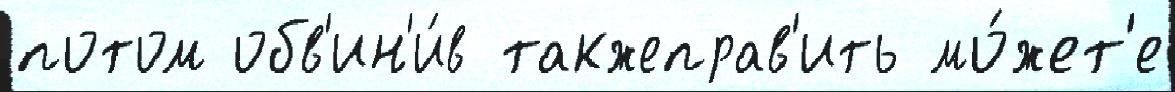
потом обв'ин'и́в такжеправ'ить мо́жет'е